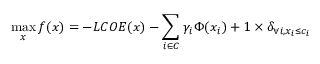
\operatorname* { m a x } _ { x } f ( x ) = - L C O E ( x ) - \sum _ { i \in C } \gamma _ { i } \Phi ( x _ { i } ) + 1 \times \delta _ { \forall i , x _ { i } \le c _ { i } }